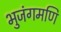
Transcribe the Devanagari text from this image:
भुजंगमणि